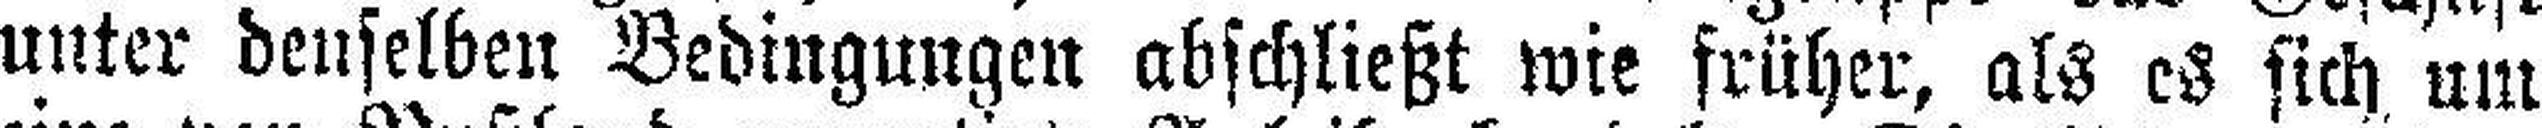
unter denselben Bedingungen abschließt wie früher, als es sich um